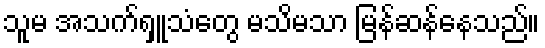
သူမ အသက်ရှူသံတွေ မသိမသာ မြန်ဆန်နေသည်။